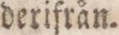
derifrån.